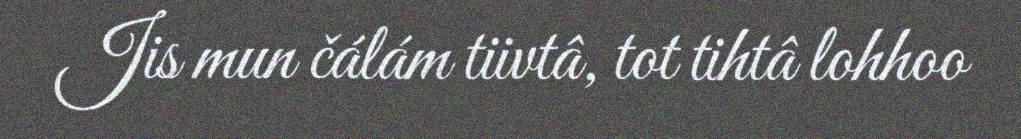
Jis mun čálám tiivtâ, tot tihtâ lohhoo